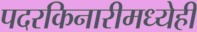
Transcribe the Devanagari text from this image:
पदरकिनारीमध्येही